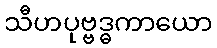
သီဟပုဗ္ဗဒ္ဓကာယော